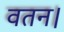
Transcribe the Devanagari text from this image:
वतन।